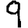
Digit: 9